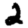
Digit: 2